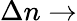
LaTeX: \Delta n\to